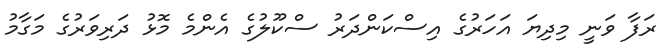
ރަފާ ވަނީ މިދިޔަ އަހަރުގެ އިސްކަންދަރު ސްކޫލުގެ އެންމެ މޮޅު ދަރިވަރުގެ މަގާމު